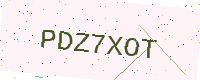
Text: PDZ7XOT